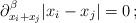
LaTeX: \begin{align*} \partial_{x_i+x_j}^{\beta}|x_i-x_j|=0\,;\end{align*}